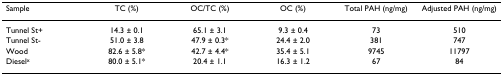
| Sample | TC (%) | OC/TC (%) | OC (%) | Total PAH (ng/mg) | Adjusted PAH (ng/mg) |
 | --- | --- | --- | --- | --- | --- |
 | Tunnel St+ | 14.3 ± 0.1 | 65.1 ± 3.1 | 9.3 ± 0.4 | 73 | 510 |
 | Tunnel St- | 51.0 ± 3.8 | 47.9 ± 0.3* | 24.4 ± 2.0 | 381 | 747 |
 | Wood | 82.6 ± 5.8* | 42.7 ± 4.4* | 35.4 ± 5.1 | 9745 | 11797 |
 | Dieselx | 80.0 ± 5.1* | 20.4 ± 1.1 | 16.3 ± 1.2 | 67 | 84 |